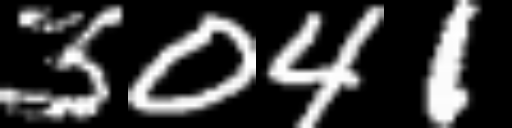
Text: 3041